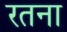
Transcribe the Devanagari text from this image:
रतना